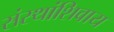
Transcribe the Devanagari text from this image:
संस्थांशिवाय